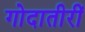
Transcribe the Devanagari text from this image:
गोदातीरीं